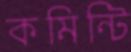
কমিন্টি